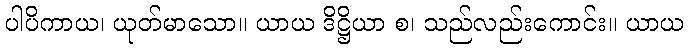
ပါပိကာယ၊ ယုတ်မာသော။ ယာယ ဒိဋ္ဌိယာ စ၊ သည်လည်းကောင်း။ ယာယ